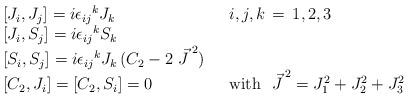
LaTeX: \begin{align*}\begin{array}{ll} {[}J_i, J_j] = i{\epsilon_{ij}}^k J_k & i,j,k\, =\, 1,2,3 \\ {[} J_i, S_j ] = i{\epsilon _{ij}}^k S_k & \\ {[} S_i, S_j] = i{\epsilon _{ij}}^k J_k\, (C_2 -2\ {\vec{J}\,}^2)\ \ & \\ {[}C_2, J_i ] = [C_2 , S_i] =0 & \mbox{with }\ {\vec{J}\,}^2 = J^2_1 + J^2_2 + J_3^2\end{array} \end{align*}